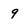
Character: 9